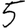
Digit: 5